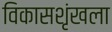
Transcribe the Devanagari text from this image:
विकासशृंखला